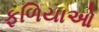
ફળિયાઓ